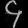
Digit: ၄